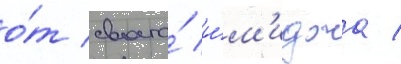
о́т своего́ и́м'иджа /